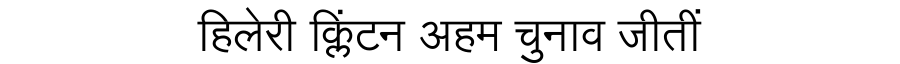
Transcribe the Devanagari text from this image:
हिलेरी क्लिंटन अहम चुनाव जीतीं